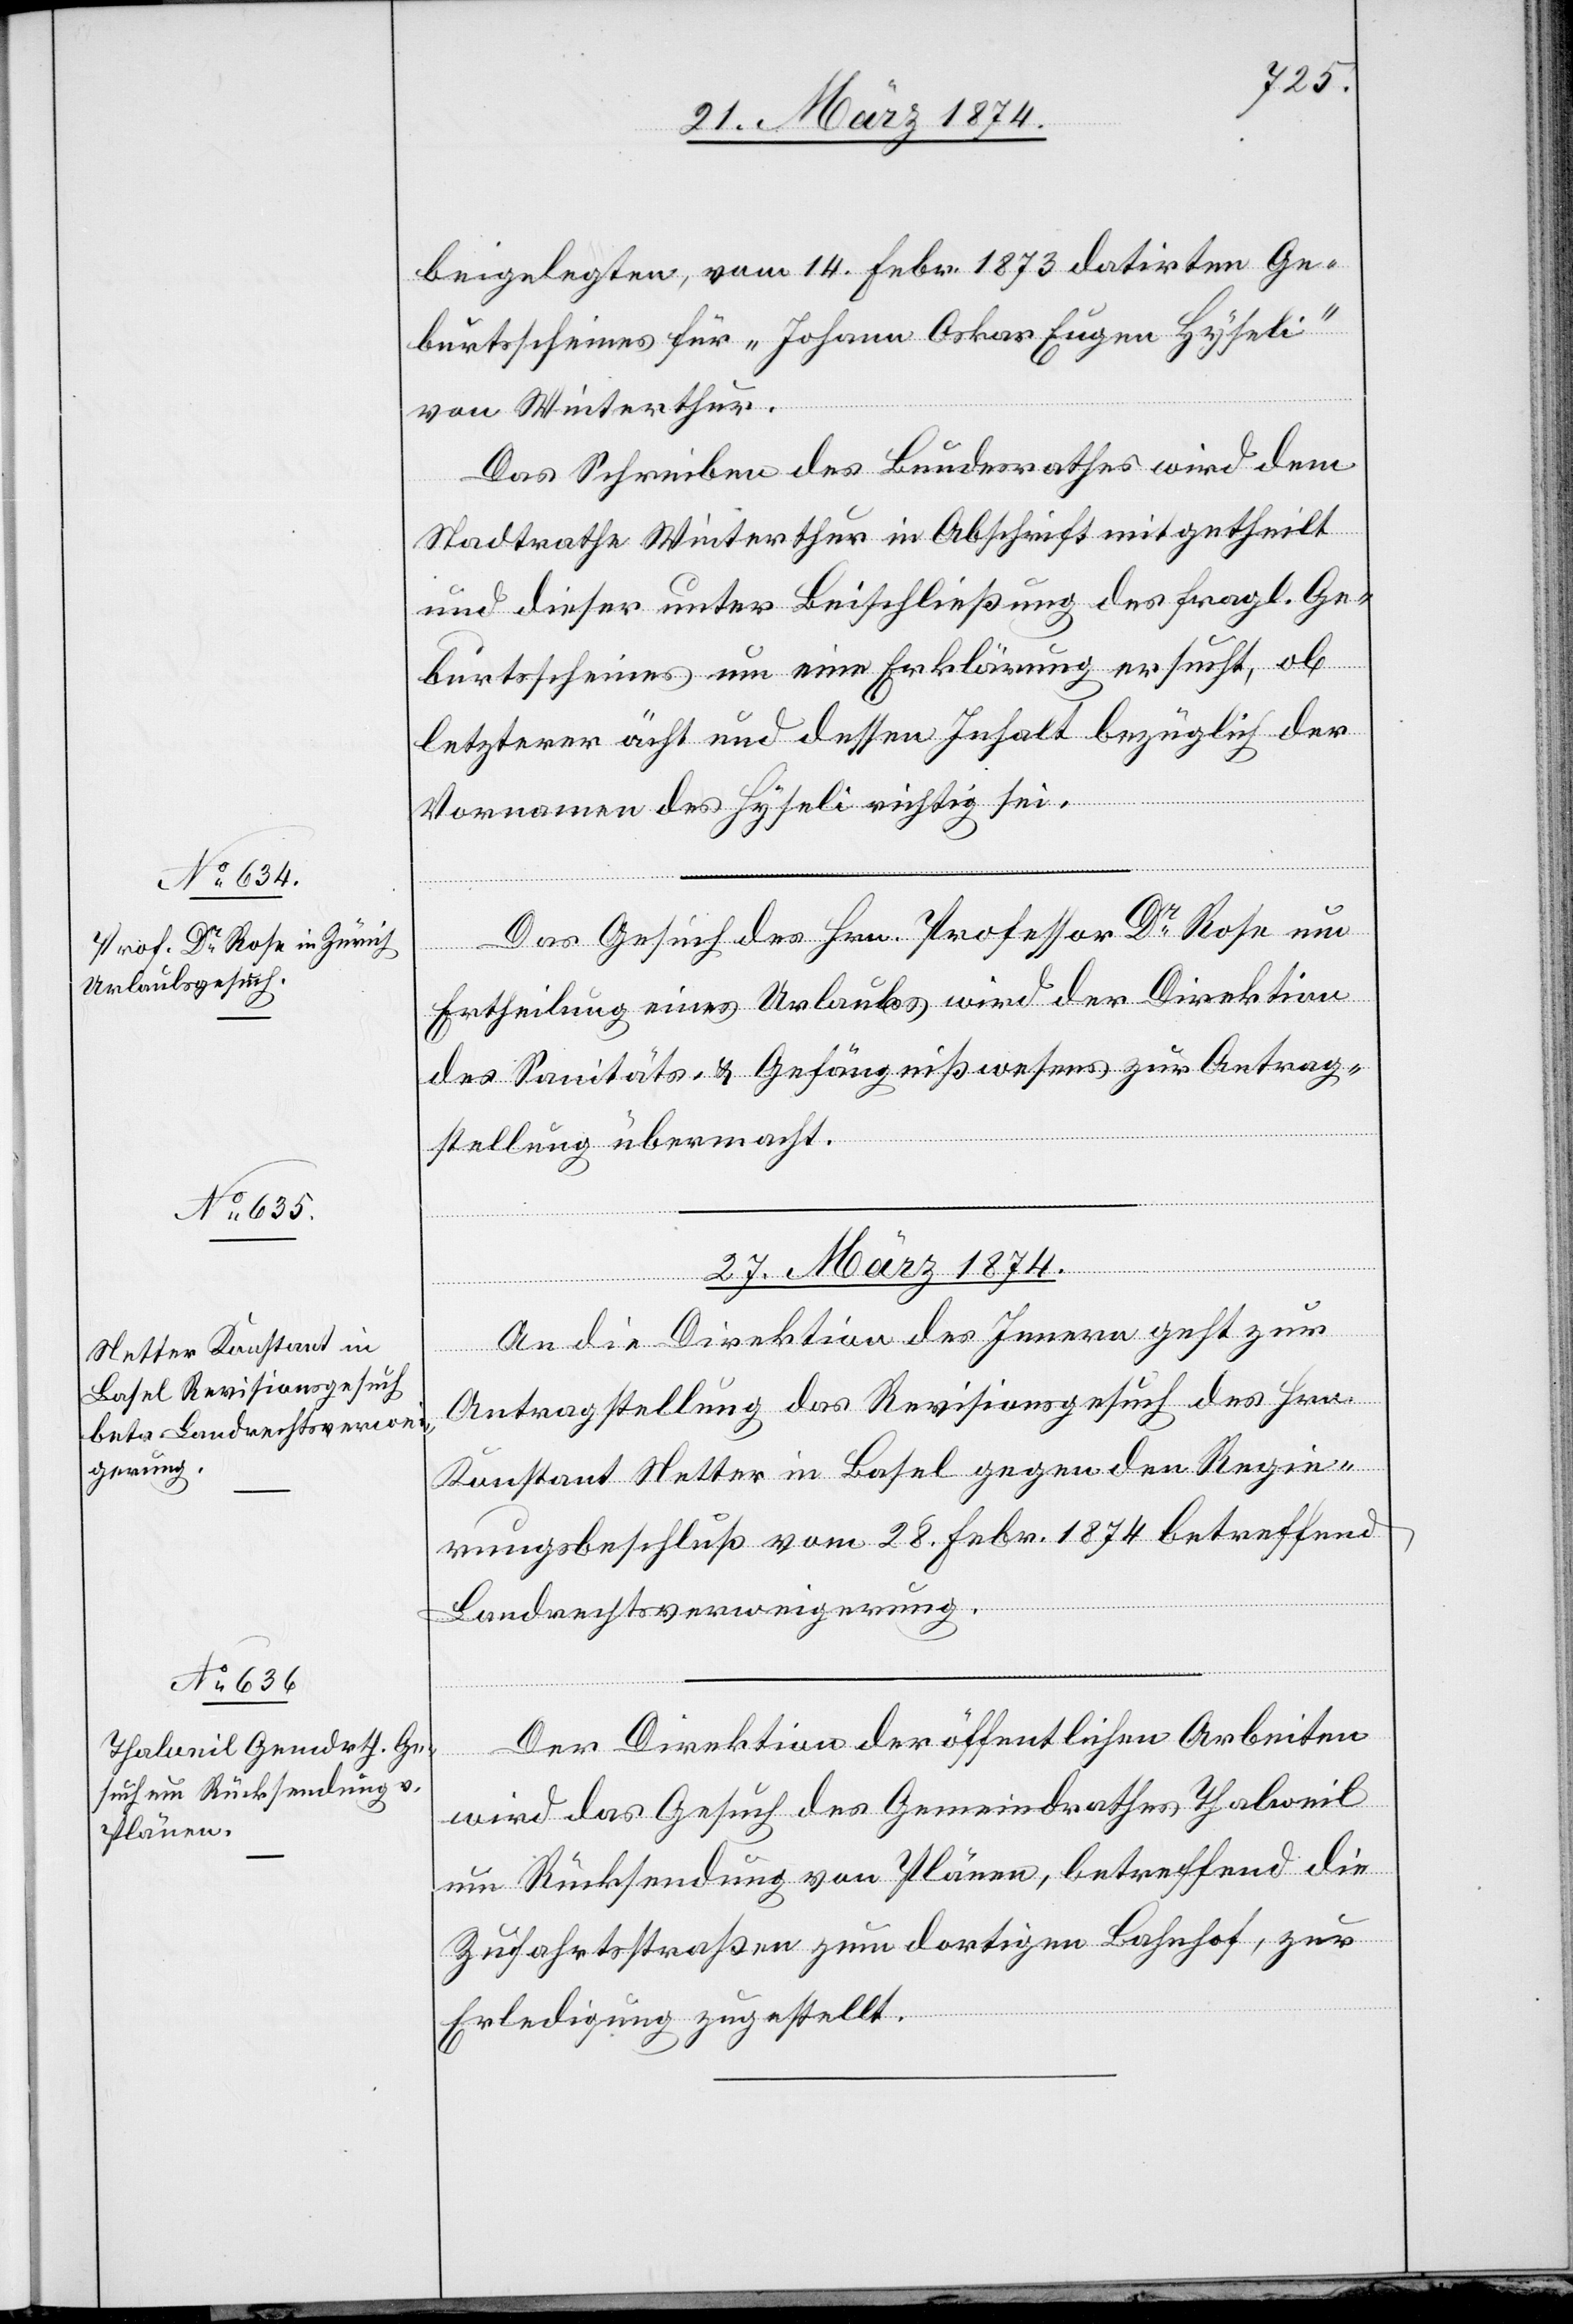
beigelegten, vom 14. Febr. 1873 datirten Ge¬
burtsscheines für „Johann Oskar Eugen Hyseli“
von Winterthur.
Das Schreiben des Bundesrathes wird dem
Stadtrathe Winterthur in Abschrift mitgetheilt
und dieser unter Beischließung des fragl. Ge¬
burtsscheines um eine Erklärung ersucht, ob
Vornamen des Hyseli richtig sei.
Das Gesuch des Hrn. Professor Dr Rose um
Ertheilung eines Urlaubs wird der Direktion
des Sanitäts- u. Gefängnißwesens zur Antrag¬
der
stellung übermacht.
letzterer
27. März 1874.]
An die Direktion des Innern geht zur
Antragstellung das Revisionsgesuch des Hrn.
Konstant Netter in Basel gegen den Regie¬
rungsbeschluß vom 28. Febr. 1874 betreffend
Landrechtsverweigerung.
Der Direktion der öffentlichen Arbeiten
wird das Gesuch des Gemeindrathes Thalweil
um Rücksendung von Plänen, betreffend die
Zufahrtsstraßen zum dortigen Bahnhof, zur
Erledigung zugestellt.